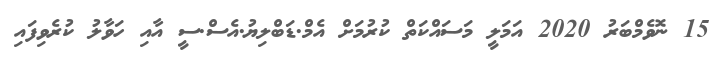
15 ނޮވެމްބަރު 2020 އަމަލީ މަސައްކަތް ކުރުމަށް އެމް.ޑަބްލިޔު.އެސް.ސީ އާއި ހަވާލު ކުރެވިފައި